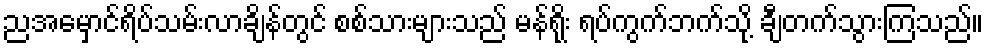
ညအမှောင်ရိပ်သမ်းလာချိန်တွင် စစ်သားများသည် မန်ရိုး ရပ်ကွက်ဘက်သို့ ချီတက်သွားကြသည်။